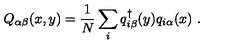
Q _ { \alpha \beta } ( x , y ) = \frac { 1 } { N } \sum _ { i } q _ { i \beta } ^ { \dagger } ( y ) q _ { i \alpha } ( x ) \ .